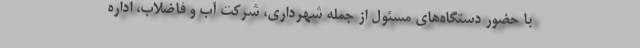
با حضور دستگاه‌های مسئول از جمله شهرداری، شرکت آب و فاضلاب، اداره